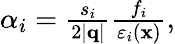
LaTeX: \begin{array}{r}{\alpha_{i}=\frac{s_{i}}{2|\mathbf{q}|}\frac{f_{i}}{\varepsilon_{i}(\mathbf{x})},}\end{array}